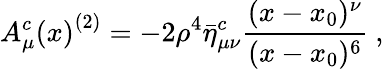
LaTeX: {A_{\mu}^{c}(x)}^{(2)}=-2\rho^{4}\bar{\eta}_{\mu\nu}^{c}{\frac{(x-x_{0})^{\nu}}{(x-x_{0})^{6}}}~,